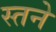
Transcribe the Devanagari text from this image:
स्तने